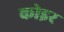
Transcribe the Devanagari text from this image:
कोइर